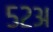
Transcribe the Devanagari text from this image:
५२अ